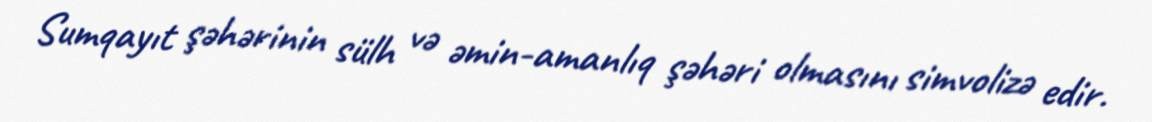
Sumqayıt şəhərinin sülh və əmin-amanlıq şəhəri olmasını simvolizə edir.